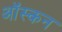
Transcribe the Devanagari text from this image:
ऑस्कन